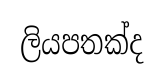
ලියපතක්ද